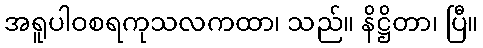
အရူပါဝစရကုသလကထာ၊ သည်။ နိဋ္ဌိတာ၊ ပြီ။